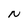
Character: N